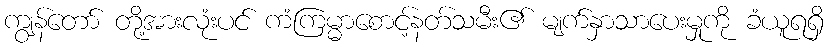
ကျွန်တော် တို့အားလုံးပင် ကံကြမ္မာစောင့်နတ်သမီး၏ မျက်နှာသာပေးမှုကို ခံယူရရှိ